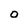
Character: o